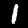
Digit: 1